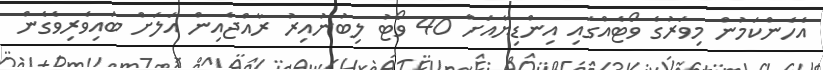
އެހެންކަމުން މިވަރުގެ ވޯޓެއްގައި އިންޑިޔާއަށް 40 ވޯޓު ލިބުނުއިރު ރާއްޖެއިން އަލަށް ބައިވެރިވެގެން